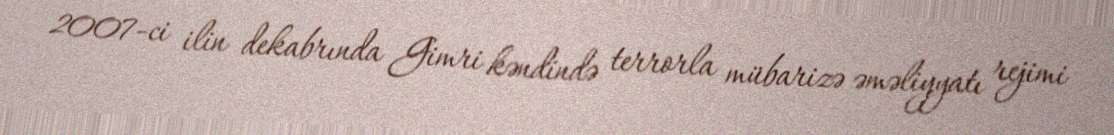
2007-ci ilin dekabrında Gimri kəndində terrorla mübarizə əməliyyatı rejimi